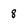
Character: 8